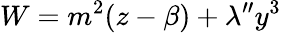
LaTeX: W=m^{2}(z-\beta)+\lambda^{\prime\prime}y^{3}